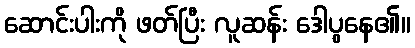
ဆောင်းပါးကို ဖတ်ပြီး လူဆန်း ဒေါပွနေ၏။